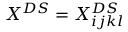
X ^ { D S } = X _ { i j k l } ^ { D S }